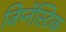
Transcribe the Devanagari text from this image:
जिम्नॅस्टिक